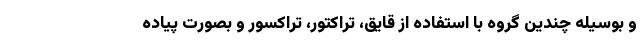
و بوسیله چندین گروه با استفاده از قایق، تراکتور، تراکسور و بصورت پیاده